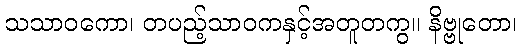
သသာဝကော၊ တပည့်သာဝကနှင့်အတူတကွ။ နိဗ္ဗုတော၊